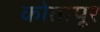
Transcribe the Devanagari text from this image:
कोतापूर